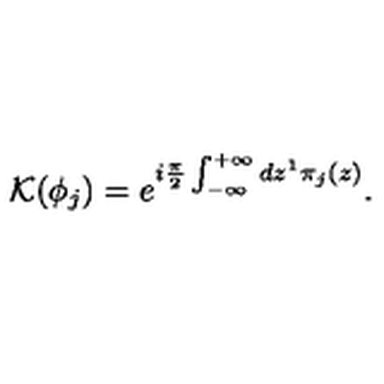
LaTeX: { \cal K } ( \phi _ { j } ) = e ^ { i \frac { \pi } { 2 } \int _ { - \infty } ^ { + \infty } d z ^ { 1 } \pi _ { j } ( z ) } .